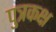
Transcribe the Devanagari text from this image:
पुत्रकक्ष